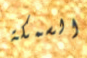
السمكة